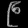
Digit: ၉